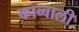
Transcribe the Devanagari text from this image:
काब्बाली